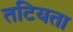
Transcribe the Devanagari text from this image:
तटियता